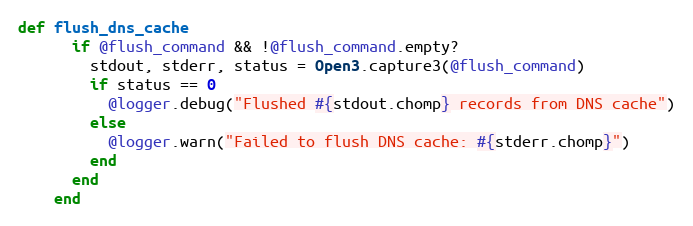
Language: Ruby
def flush_dns_cache
      if @flush_command && !@flush_command.empty?
        stdout, stderr, status = Open3.capture3(@flush_command)
        if status == 0
          @logger.debug("Flushed #{stdout.chomp} records from DNS cache")
        else
          @logger.warn("Failed to flush DNS cache: #{stderr.chomp}")
        end
      end
    end